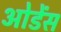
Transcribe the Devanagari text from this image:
ओडेंस